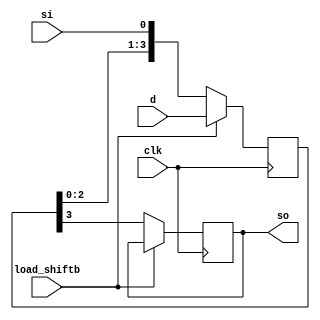
`timescale 1ns / 1ps
//////////////////////////////////////////////////////////////////////////////////
// Company: 
// 
// Design Name: 
// Module Name: piso
// Project Name: 
// Target Devices: 
// Tool Versions: 
// Description: 
// 
// Dependencies: 
// 
// Revision:
// Revision 0.01 - File Created
// Additional Comments:
// 
//////////////////////////////////////////////////////////////////////////////////


module piso(input clk,
            input [3:0]d,
            input si,
            input load_shiftb,
            output reg so);
            
      wire q1,q2,q3,q4;
      reg [3:0]temp = 4'b0;
      
      always @(posedge clk) begin
        if(load_shiftb) begin
            temp <= d;
        end
        else begin
            so <= temp[3];
            temp <= {temp[2:0], si};
       end
      end      
            
endmodule